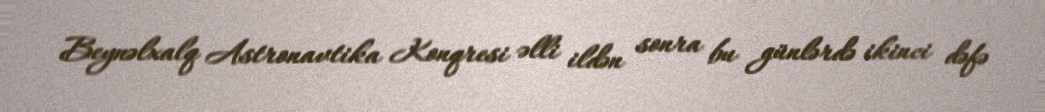
Beynəlxalq Astronavtika Konqresi əlli ildən sonra bu günlərdə ikinci dəfə